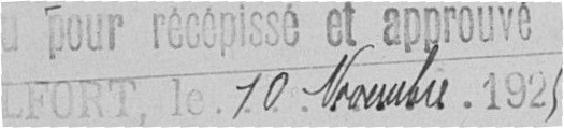
Vu pour récépissé et approuvé Belfort le 10 novembre 1925